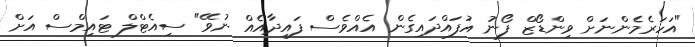
"އަހަރެމެންނަށް ވިންޑޯޒް ފޯނު އުފައްދައިގެން އެއްވެސް ފައިދާއެއް ނުވޭ" ސިއެޓްލް ޓައިމްސް އަށް